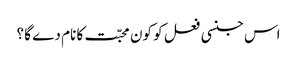
اس جنسی فعل کو کون محبّت کا نام دے گا ؟